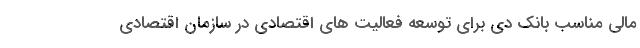
مالی مناسب بانک دی برای توسعه فعالیت های اقتصادی در سازمان اقتصادی